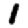
Digit: 1